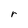
Character: r